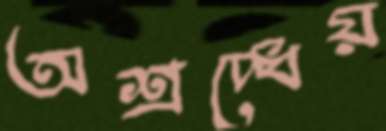
অশ্রদ্ধেয়